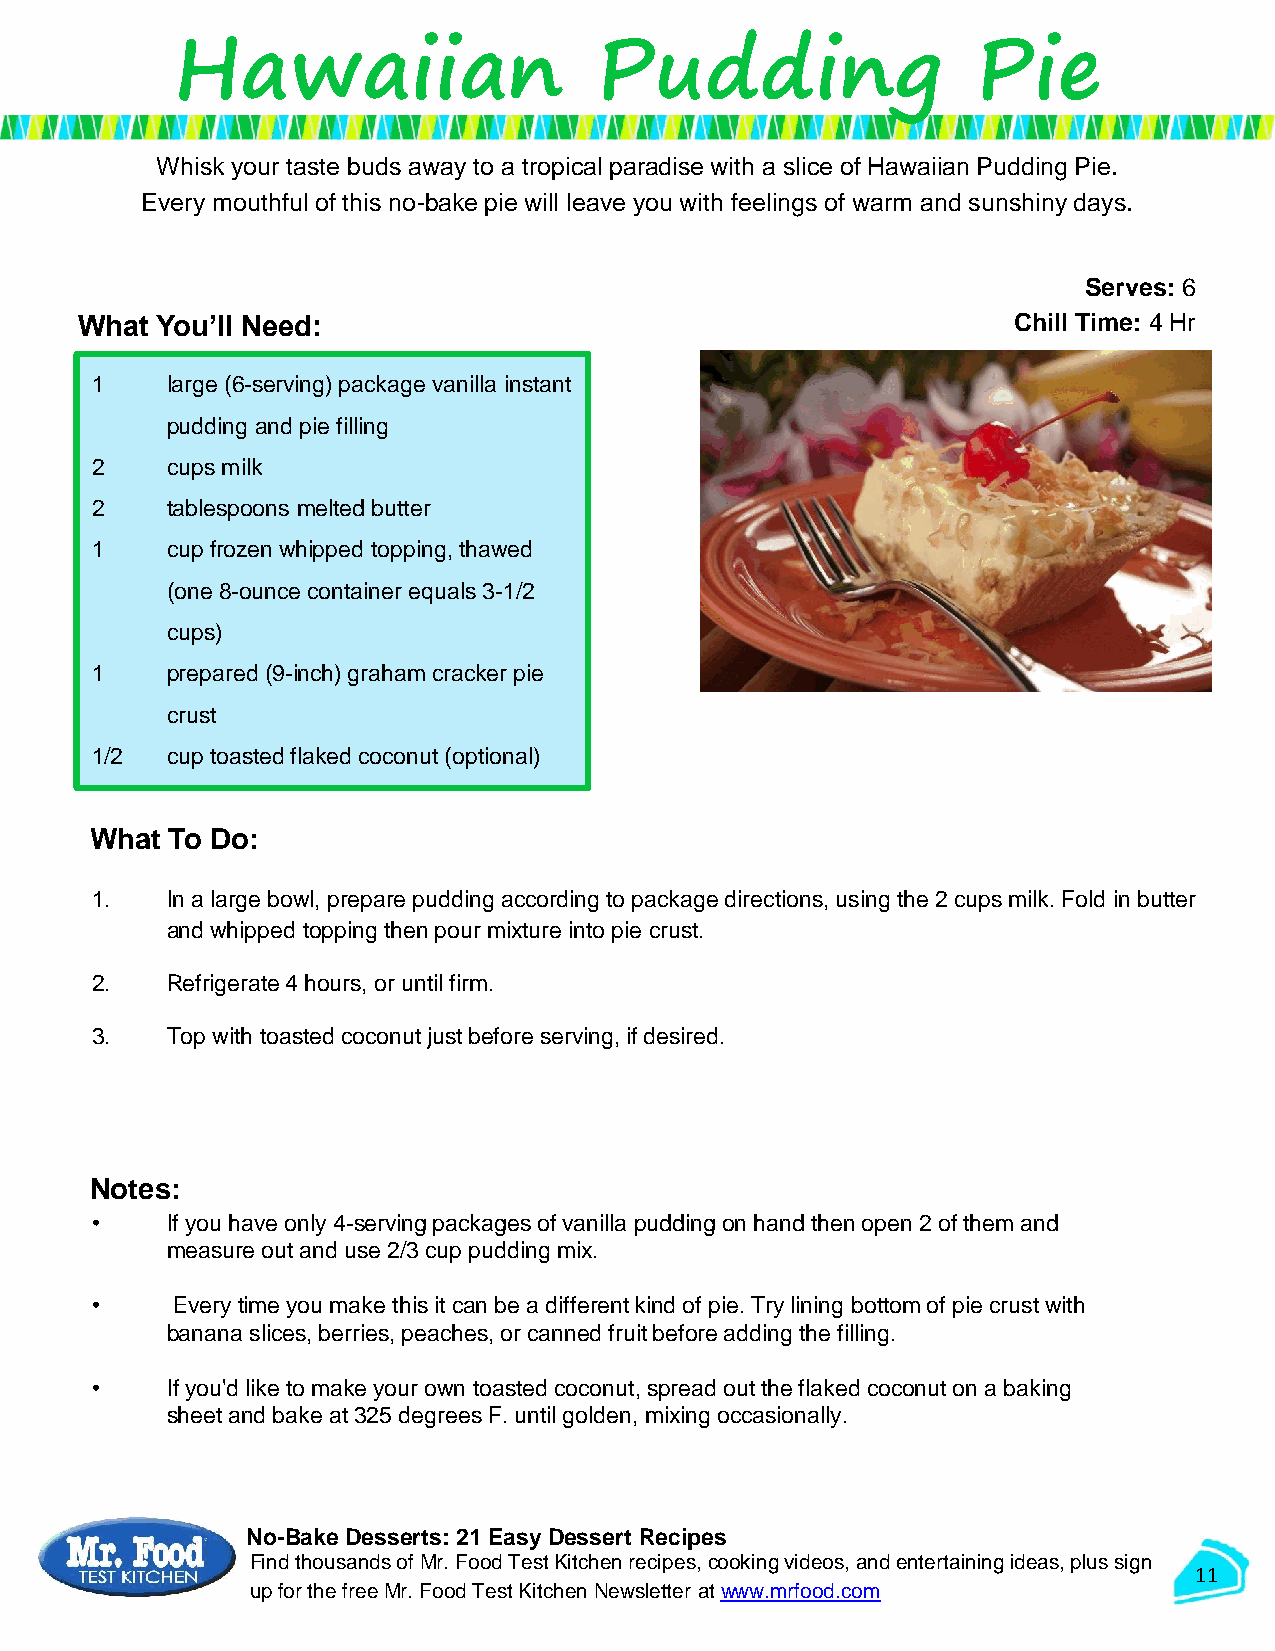
Hawaiian                    Pudding                   Pie
 Whisk your taste buds away to a tropical paradise with a slice of Hawaiian Pudding Pie.
 Every mouthful of this no-bake pie will leave you with feelings of warm and sunshiny days.
 Serves: 6
 What You’ll Need:                                             Chill Time: 4 Hr
 1    large (6-serving) package vanilla instant
 pudding and pie filling
 2    cups milk
 2    tablespoons melted butter
 1    cup frozen whipped topping, thawed
 (one 8-ounce container equals 3-1/2
 cups)
 1    prepared (9-inch) graham cracker pie
 crust
 1/2  cup toasted flaked coconut (optional)
 What To Do:
 1.   In a large bowl, prepare pudding according to package directions, using the 2 cups milk. Fold in butter
 and whipped topping then pour mixture into pie crust.
 2.   Refrigerate 4 hours, or until firm.
 3.   Top with toasted coconut just before serving, if desired.
 Notes:
 •    If you have only 4-serving packages of vanilla pudding on hand then open 2 of them and
 measure out and use 2/3 cup pudding mix.
 •    Every time you make this it can be a different kind of pie. Try lining bottom of pie crust with
 banana slices, berries, peaches, or canned fruit before adding the filling.
 •    If you'd like to make your own toasted coconut, spread out the flaked coconut on a baking
 sheet and bake at 325 degrees F. until golden, mixing occasionally.
 No-Bake Desserts: 21 Easy Dessert Recipes
 Find thousands of Mr. Food Test Kitchen recipes, cooking videos, and entertaining ideas, plus sign
 11
 up for the free Mr. Food Test KitchenNewsletter at www.mrfood.com